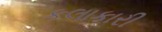
કલાકારી